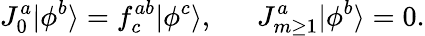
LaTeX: J_{0}^{a}|\phi^{b}\rangle=f_{c}^{ab}|\phi^{c}\rangle,~~~~~~J_{m\ge 1}^{a}|\phi^{b}\rangle=0.